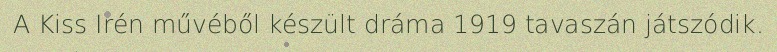
A Kiss Irén művéből készült dráma 1919 tavaszán játszódik.